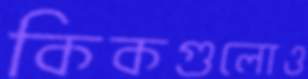
কিকগুলোও